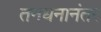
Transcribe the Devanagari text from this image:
तनधनानंतर